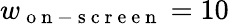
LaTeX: w_{\mathrm{~o~n~-~s~c~r~e~e~n~}}=10